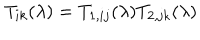
T _ { i k } ( \lambda ) = T _ { 1 , i j } ( \lambda ) T _ { 2 , j k } ( \lambda )